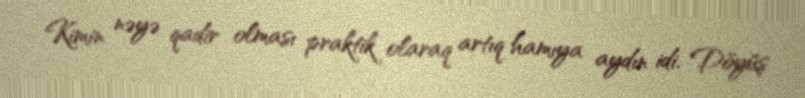
Kimin nəyə qadir olması praktik olaraq artıq hamıya aydın idi. Döyüş